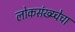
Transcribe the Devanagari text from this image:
लोकसंख्य्चेचा